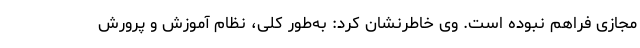
مجازی فراهم نبوده است. وی خاطرنشان کرد: به‌طور کلی، نظام آموزش و پرورش